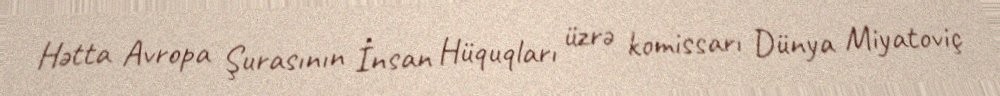
Hətta Avropa Şurasının İnsan Hüquqları üzrə komissarı Dünya Miyatoviç